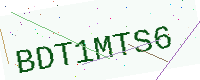
Text: BDT1MTS6